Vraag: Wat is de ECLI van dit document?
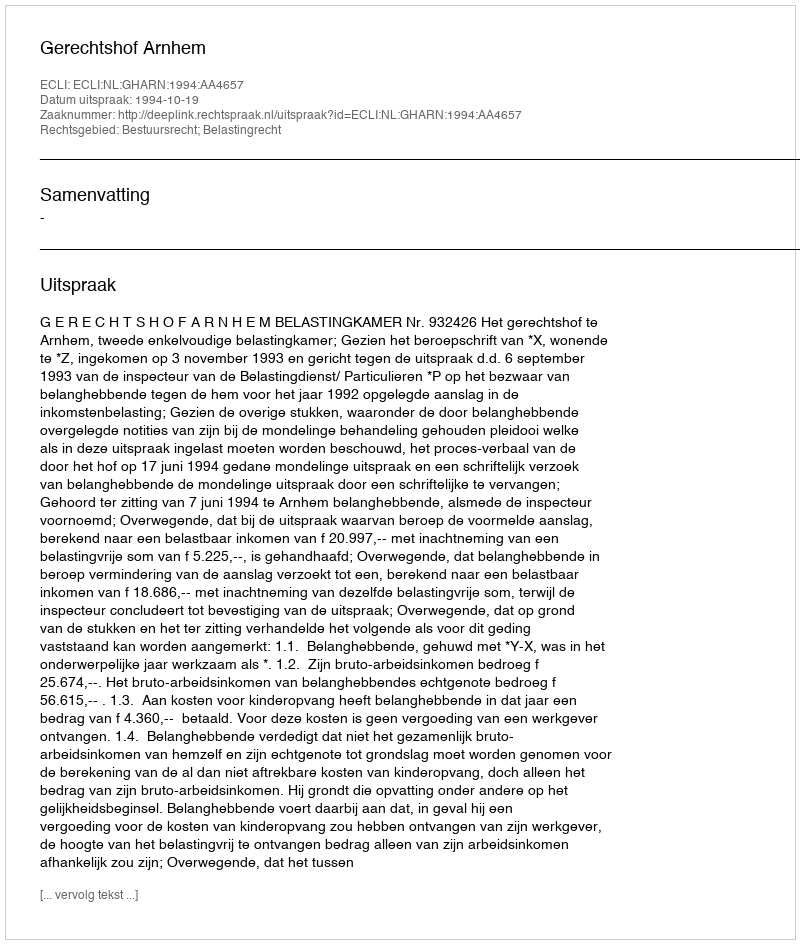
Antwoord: ECLI:NL:GHARN:1994:AA4657